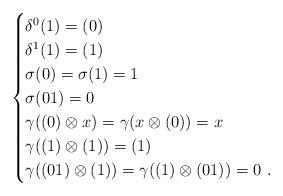
LaTeX: \begin{align*}\begin{cases}\delta^0 (1) = (0)\\\delta^1 (1) = (1)\\\sigma(0) = \sigma (1) =1\\\sigma (01)=0\\ \gamma((0)\otimes x) = \gamma( x\otimes (0)) =x\\ \gamma((1)\otimes (1)) = (1)\\ \gamma((01)\otimes (1)) = \gamma((1)\otimes (01)) =0\ .\end{cases}\end{align*}